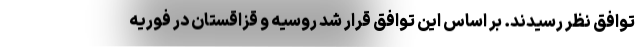
توافق نظر رسیدند. بر اساس این توافق قرار شد روسیه و قزاقستان در فوریه